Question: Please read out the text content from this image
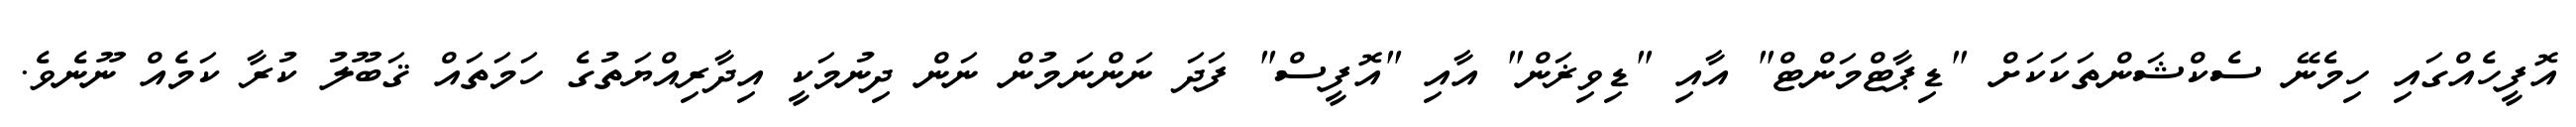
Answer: އޮފީހެއްގައި ހިމެނޭ ސެކްޝަންތަކަކަށް "ޑިޕާޓްމަންޓް" އާއި "ޑިވިޜަން" އާއި "އޮފީސް" ފަދަ ނަންނަމުން ނަން ދިނުމަކީ އިދާރިއްޔަތުގެ ހަމަތައް ޤަބޫލު ކުރާ ކަމެއް ނޫނެވެ.